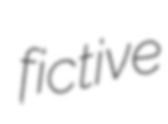
fictive